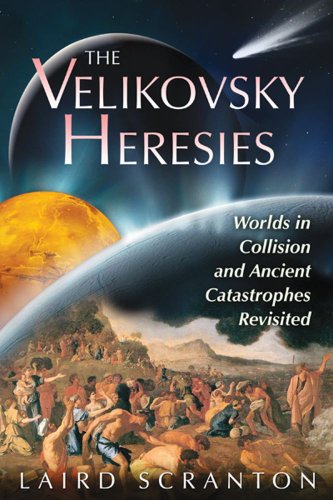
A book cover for The Velikovsky Heresies: Worlds in Collision and Ancient Catastrophes Revisited; Laird Scranton; Religion & Spirituality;